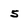
Character: 5